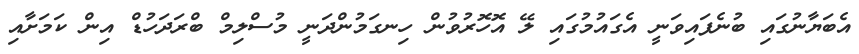
އެބަޔާނުގައި ބުނެފައިވަނީ އެގައުމުގައި ލޭ އޮހޮރުވުން ހިނގަމުންދަނީ މުސްލިމް ބްރަދަހުޑް އިން ކަމަށާއި